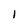
Character: l